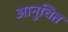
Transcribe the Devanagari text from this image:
आनुचित